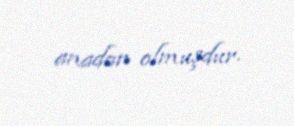
anadan olmuşdur.